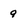
Character: 9